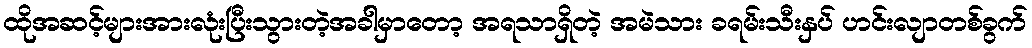
ထိုအဆင့်များအားလုံးပြီးသွားတဲ့အခါမှာတော့ အရသာရှိတဲ့ အမဲသား ခရမ်းသီးနှပ် ဟင်းလျာတစ်ခွက်